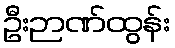
ဦးဉာဏ်ထွန်း